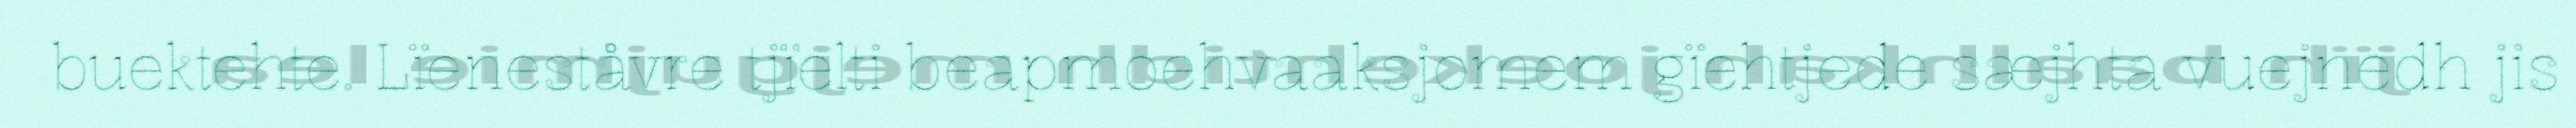
buektehte. Lïeneståvre tjïelti beapmoehvaaksjomem gïehtjede sæjhta vuejnedh jis